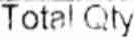
TOTAL QTY